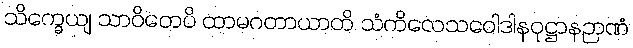
သိက္ခေယျ သာဝိတေပိ ထာမဂတာယာတိ သံကိလေသဝေါဒါနဝုဋ္ဌာနဉာဏံ